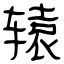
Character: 辕